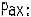
PAX: